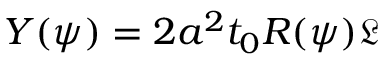
Y ( \psi ) = 2 a ^ { 2 } t _ { 0 } R ( \psi ) \mathfrak { L }